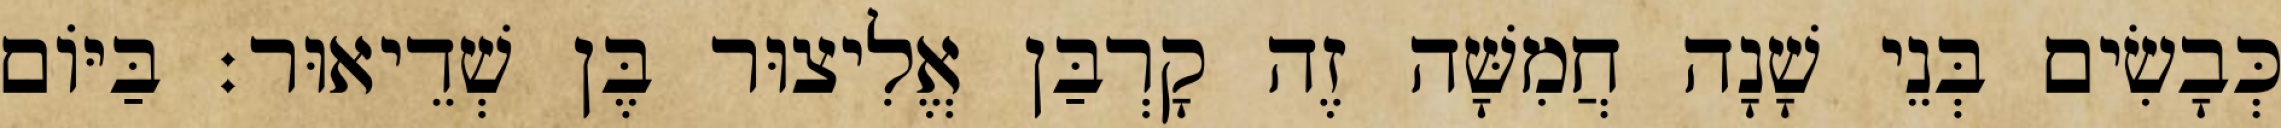
כְּבָשִׂים בְּנֵי שָׁנָה חֲמִשָּׁה זֶה קָרְבַּן אֱלִיצוּר בֶּן שְׁדֵיאוּר׃ בַּיּוֹם